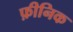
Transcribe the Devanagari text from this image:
फ़ीनिक